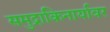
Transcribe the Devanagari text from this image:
समुद्राकिनार्यावर